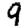
Digit: 9